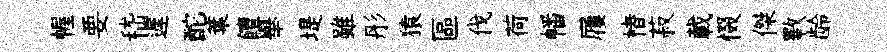
幄要嵇遲酡葉饘舉堤雖彤猿區伐荷幡屨楮菽載惙傑斁龄